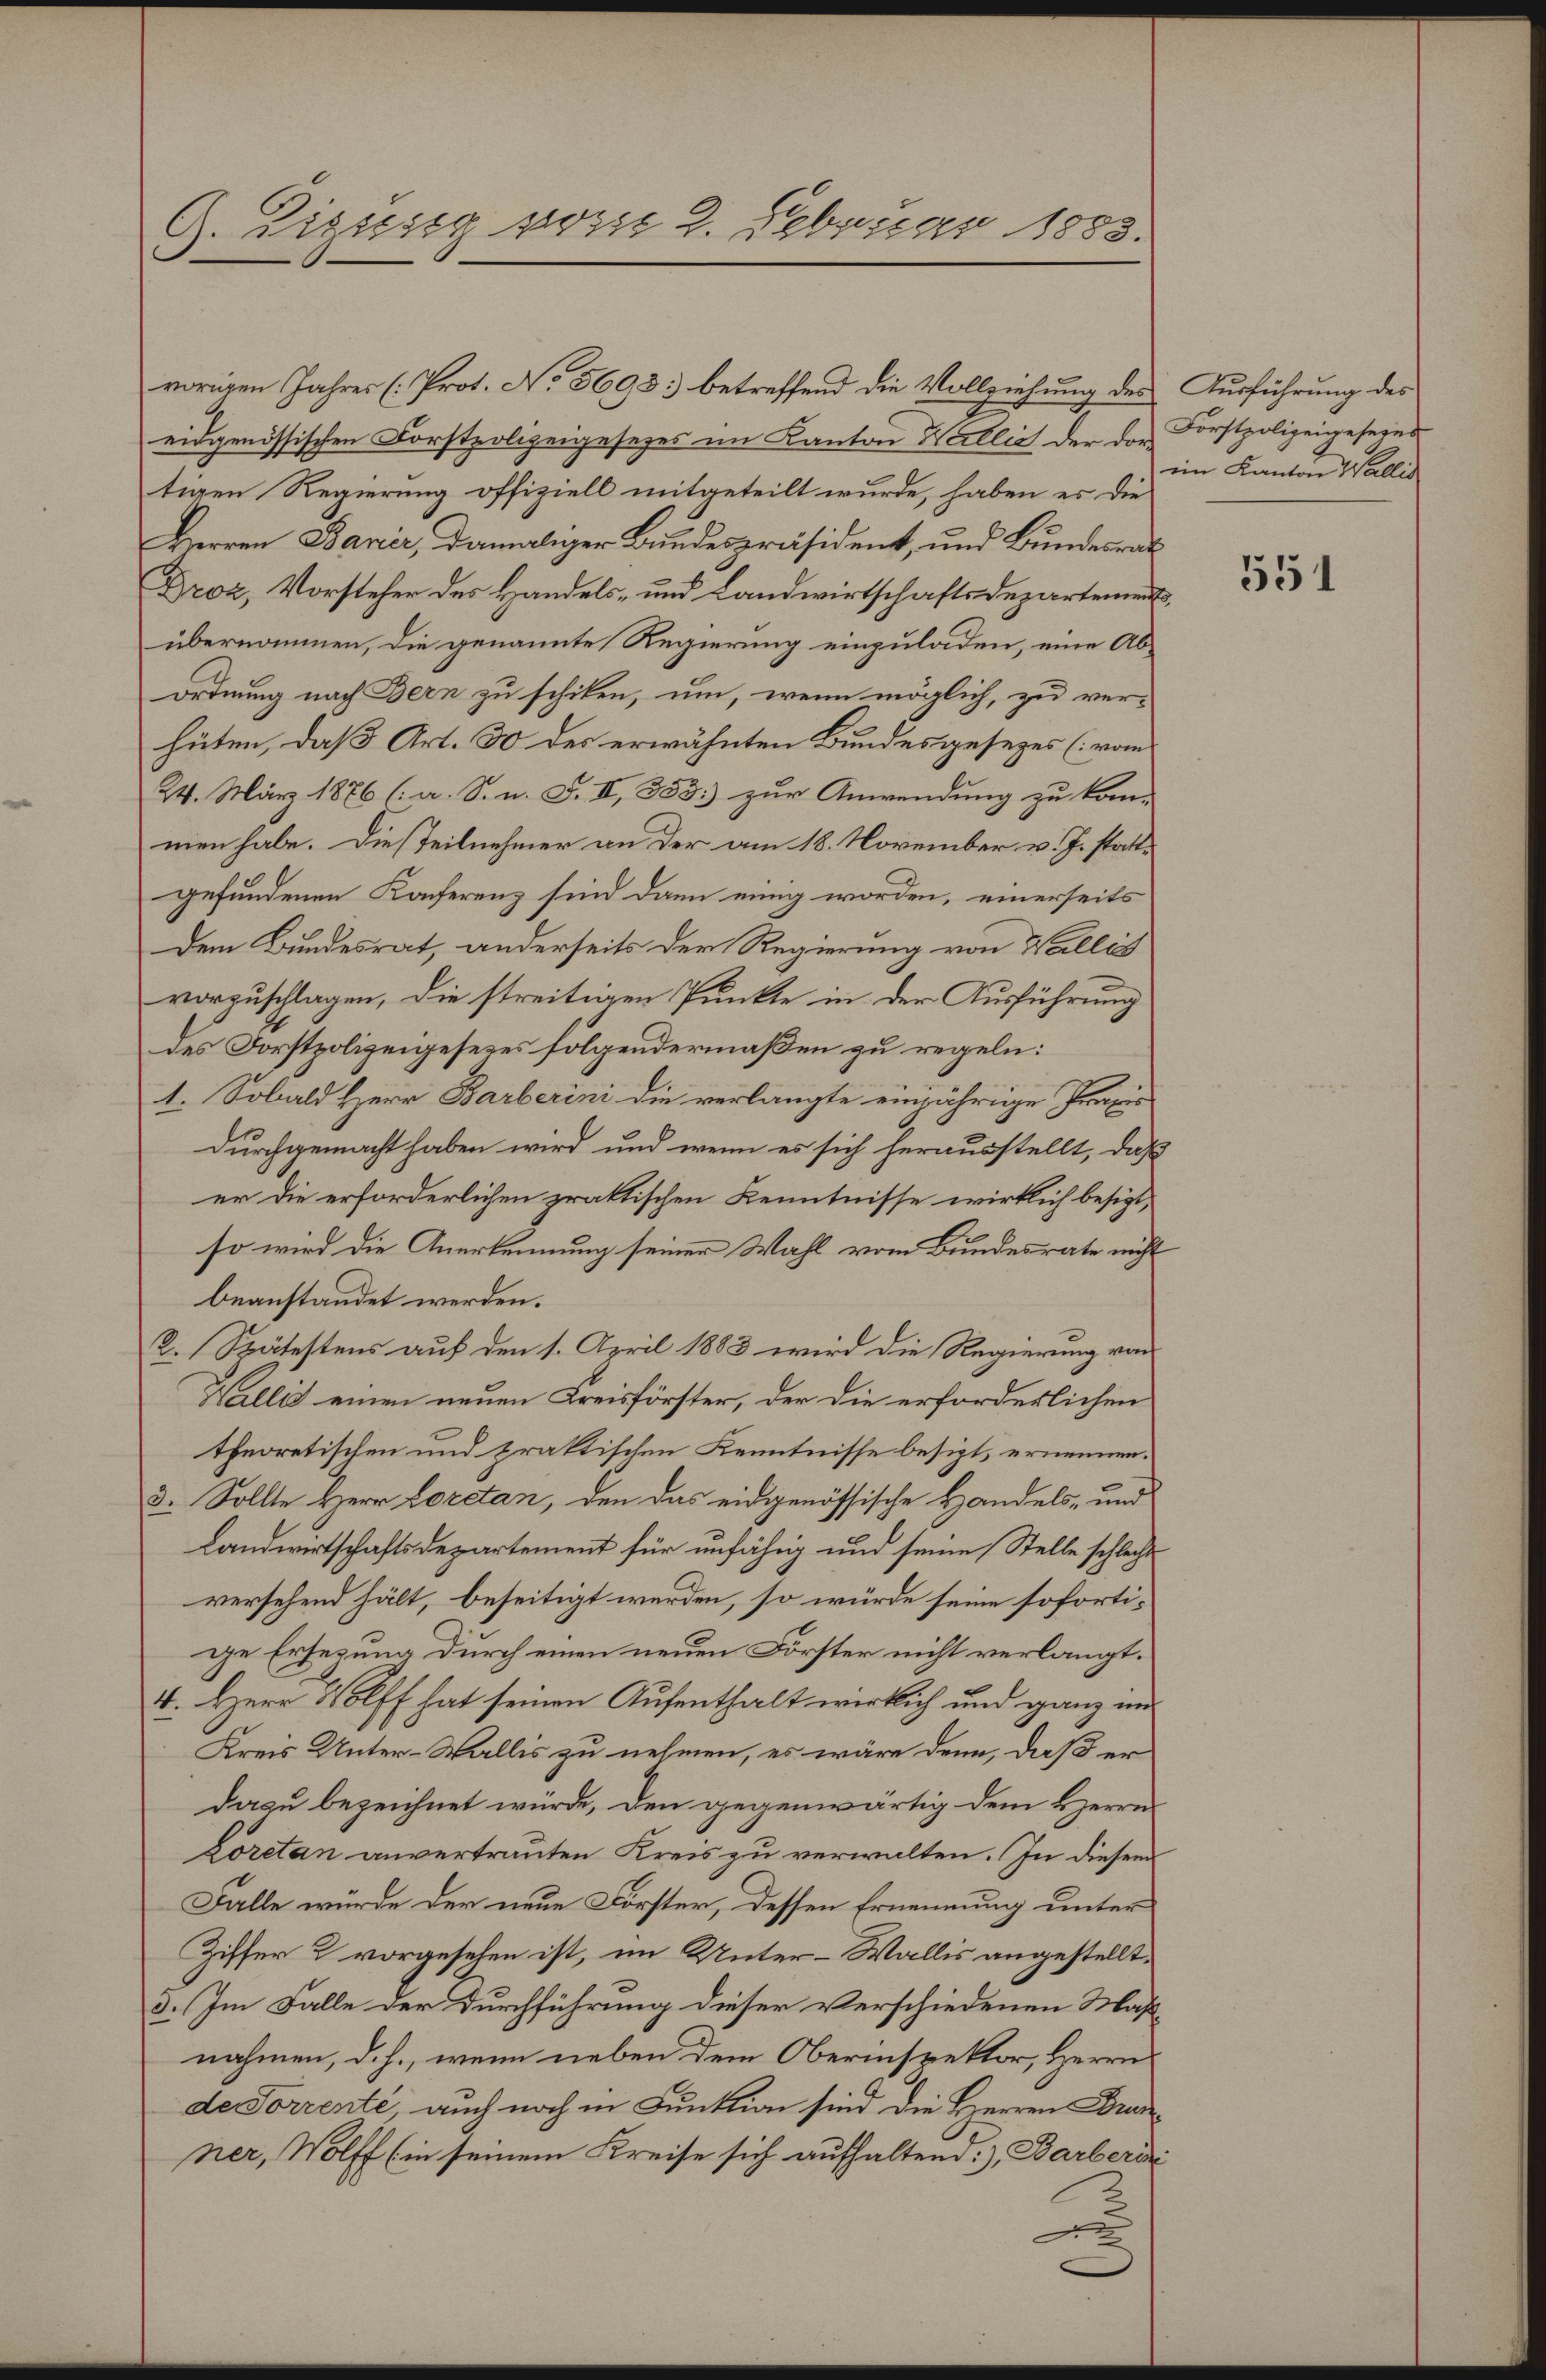
G. Zigusig vom 2. Februar 1883.

vorigen Jahres (Prot. No. 5693. betreffend die Vollziehung des Ausführung des
eidgenössischen Forstpolizeigesezes im Kanton Wallis der der Forstpolizeigesezes
tigen Regierung offiziell mitgeteilt wurde, haben es die
Herren Banir, damaliger Bundespräsident, und Bundesrath
Droz, Vorsteher des Handels- und Landwirtschaftsdepartement,
übernommen, die genannte Regierung einzuladen, eine Abordnung nach Bern zu schiken, um, wenn möglich, zu ver-
hüten, daß Art. 30 des erwähnten Bundesgesezes (vom
24. März 1876 (a. S. n. F. II., 353; zur Anwendung zu kan-
men habe. Die Teilnehmer an der am 18. November v. J. statt-
gefundenen Konferenz sind dann einig worden, einerseits
Dem Bundesrat, anderseits der Regierung von Wallis
vorzuschlagen, die streitigen Punkte in der Ausführung
des Forstpolizeigesezes folgendermaßen zu regeln:
1. Sobald Herr Barberini die verlangte einjährige Praxis
durchgemacht haben wird, und wenn es sich herausstellt, daß
er die erforderlichen praktischen Kenntnisse wirklich besizt,
so wird die Anerkennung seiner Wahl vom Bundesrate nicht
beanstandet werden.
K. Spätestens auf den 1. April 1883 wird die Regierung von
Wallis einen neuen Kreisförster, der die erforderlichen
theoretischen und praktischen Kenntnisse besizt, ernennen.
3. Sollte Herr Loretan, den das eidgenössische Handels- und
Landwirtschaftsdepartement für unfähig und seine Stelle schlecht
versehend hält, beseitigt werden, so würde seine sofortige Ersezung durch einen neuen Förster nicht verlangt.
4. Herr Wolff hat seinen Aufenthalt wirklich und ganz und
Kreis Unter-Wallis zu nehmen, es wäre denn, daß er
dazu bezeichnet würde, den gegenwärtig dem Herrn
Loretan anvertrauten Kreis zu verwalten. In diesem
Falle würde der neue Förster, dessen Ernennung unter
Ziffer & vorgesehen ist, im Unter-Wallis angestellt.
3. Im Falle der Durchführung dieser verschiedenen Maß-
nahmen, d. h., wenn neben dem Oberinspektor, Herrn
de Forrenté, auch noch in Funktion sind die Herren Draner, Wolff (in seinem Kreise sich aufhaltend: Barberi

im Kanton Wallis

551